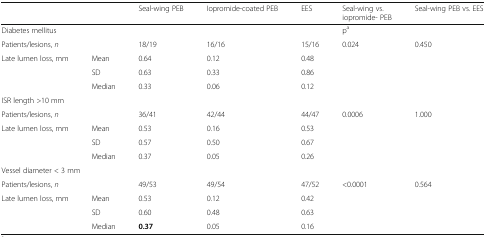
<table><thead><tr><td colspan="2"></td><td><b>Seal-wing PEB</b></td><td><b>Iopromide-coated PEB</b></td><td><b>EES</b></td><td><b>Seal-wing vs. iopromide- PEB</b></td><td><b>Seal-wing PEB vs. EES</b></td></tr></thead><tbody><tr><td colspan="5">Diabetes mellitus</td><td colspan="2">p<sup>a</sup></td></tr><tr><td colspan="2">Patients/lesions, <i>n</i></td><td>18/19</td><td>16/16</td><td>15/16</td><td rowspan="4">0﻿.024</td><td rowspan="4">0.450</td></tr><tr><td rowspan="3">Late lumen loss, mm</td><td>Mean</td><td>0.64</td><td>0.12</td><td>0.48</td></tr><tr><td>SD</td><td>0.63</td><td>0.33</td><td>0.86</td></tr><tr><td>Median</td><td>0.33</td><td>0.06</td><td>0.12</td></tr><tr><td colspan="7">ISR length &gt;10 mm</td></tr><tr><td colspan="2">Patients/lesions, <i>n</i></td><td>36/41</td><td>42/44</td><td>44/47</td><td rowspan="4">0.0006</td><td rowspan="4">1.000</td></tr><tr><td rowspan="3">Late lumen loss, mm</td><td>Mean</td><td>0.53</td><td>0.16</td><td>0.53</td></tr><tr><td>SD</td><td>0.57</td><td>0.50</td><td>0.67</td></tr><tr><td>Median</td><td>0.37</td><td>0.05</td><td>0.26</td></tr><tr><td colspan="7">Vessel diameter &lt; 3 mm</td></tr><tr><td colspan="2">Patients/lesions, <i>n</i></td><td>49/53</td><td>49/54</td><td>47/52</td><td rowspan="4">﻿&lt;0.0001</td><td rowspan="4">0.564</td></tr><tr><td rowspan="3">Late lumen loss, mm</td><td>Mean</td><td>0.53</td><td>0.12</td><td>0.42</td></tr><tr><td>SD</td><td>0.60</td><td>0.48</td><td>0.63</td></tr><tr><td>Median</td><td><b>0.37</b></td><td>0.05</td><td>0.16</td></tr></tbody></table>